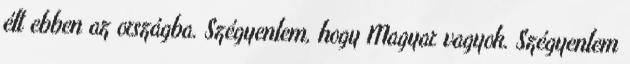
élt ebben az országba. Szégyenlem, hogy Magyar vagyok. Szégyenlem